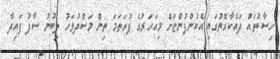
ހިސާބުތައް ދައްކާގޮތުގައި އެކުންފުންޏަށް މިއަހަރުގެ ފުރަތަމަ ތިން މަސްދުވަހު ލިބުނު ސާފު ފައިދާ